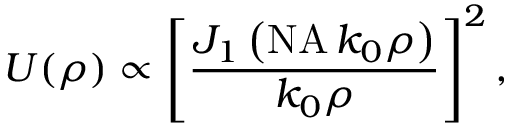
U ( \rho ) \propto \left[ \frac { J _ { 1 } \left( \mathrm { N A } \, k _ { 0 } \rho \right) } { k _ { 0 } \rho } \right] ^ { 2 } ,